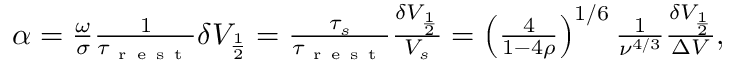
\begin{array} { r } { \alpha = \frac { \omega } { \sigma } \frac { 1 } { \tau _ { \mathrm { ~ r ~ e ~ s ~ t ~ } } } \delta V _ { \frac { 1 } { 2 } } = \frac { \tau _ { s } } { \tau _ { \mathrm { ~ r ~ e ~ s ~ t ~ } } } \frac { \delta V _ { \frac { 1 } { 2 } } } { V _ { s } } = \left( \frac { 4 } { 1 - 4 \rho } \right) ^ { 1 / 6 } \frac { 1 } { \nu ^ { 4 / 3 } } \frac { \delta V _ { \frac { 1 } { 2 } } } { \Delta V } , } \end{array}